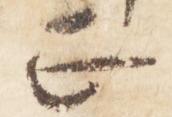
正